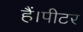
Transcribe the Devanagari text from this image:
हैं।पीटर